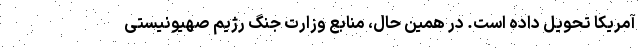
آمریکا تحویل داده است. در همین حال، منابع وزارت جنگ رژیم صهیونیستی